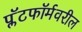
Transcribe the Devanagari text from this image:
प्लॅटफॉर्मवरील